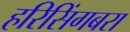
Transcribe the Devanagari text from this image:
हरिसिंगबरा